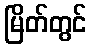
မြိတ်တွင်